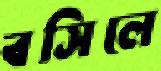
বসিলে